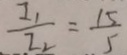
\frac { I _ { 1 } } { I _ { 2 } } = \frac { 1 5 } { 5 }